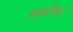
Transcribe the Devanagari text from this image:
कथरिया